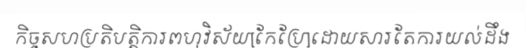
កិច្ចសហប្រតិបត្តិការពហុវិស័យ[កែប្រែ]ដោយសារតែការយល់ដឹង